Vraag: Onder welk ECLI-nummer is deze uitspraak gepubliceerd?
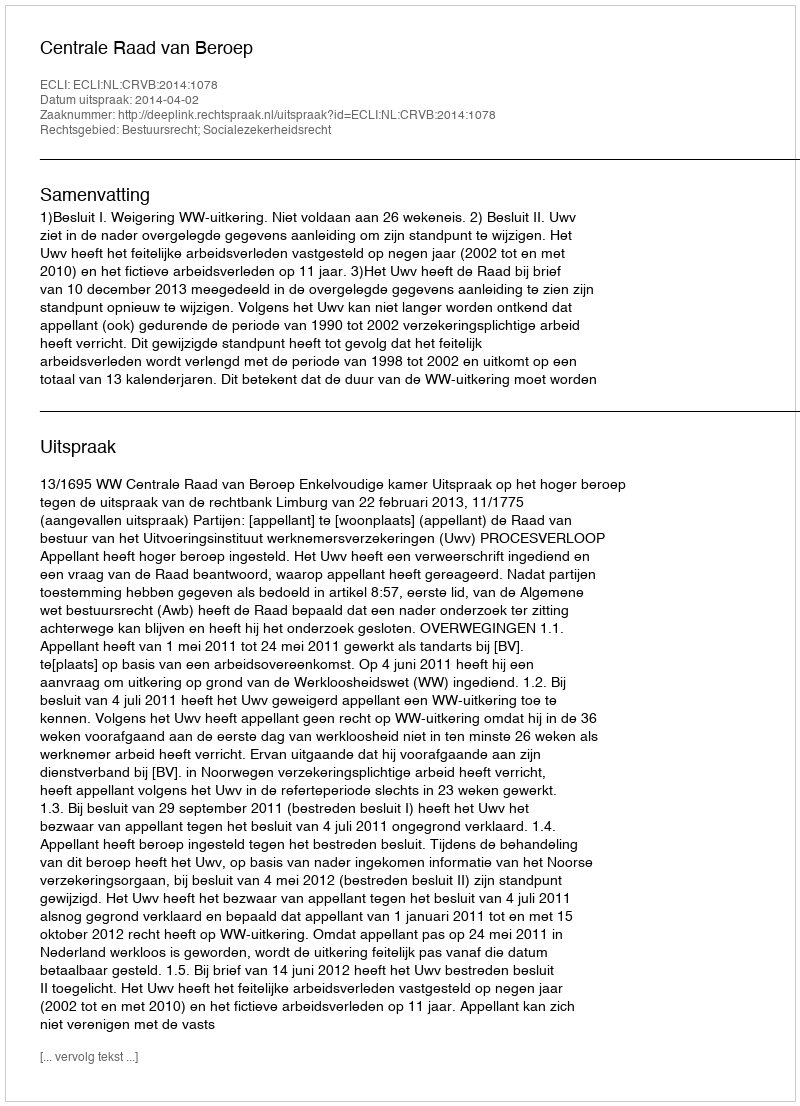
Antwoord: ECLI:NL:CRVB:2014:1078